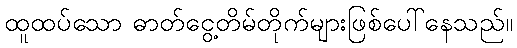
ထူထပ်သော ဓာတ်ငွေ့တိမ်တိုက်များဖြစ်ပေါ်နေသည်။